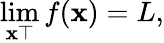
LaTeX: \operatorname*{lim}_{\mathbf{x}\top}f(\mathbf{x})=L,